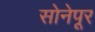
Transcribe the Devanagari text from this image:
सोनेपूर